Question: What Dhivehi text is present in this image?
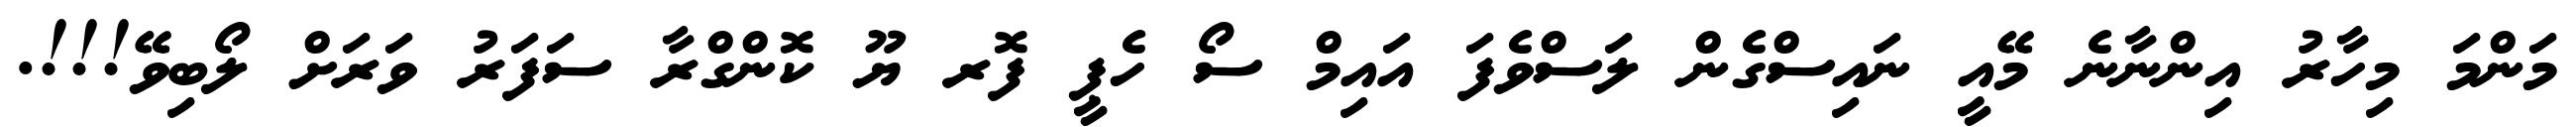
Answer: މަންމަ މިހާރު އިންނާނެ މޭއީ ނައިސްގެން ލަސްވެފަ އައިމް ސޯ ހެޕީ ފޮރ ޔޫ ކޮންގްރާ ސަފަރު ވަރަށް ލޯބިވޭ!!!.